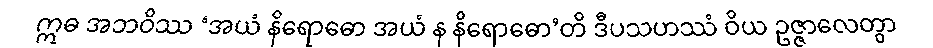
ဣဓ အဘဝိဿ ‘အယံ နိရောဓော အယံ န နိရောဓော’တိ ဒီပသဟဿံ ဝိယ ဥဇ္ဇာလေတွာ